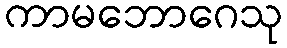
ကာမဘောဂေသု